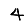
Digit: 4